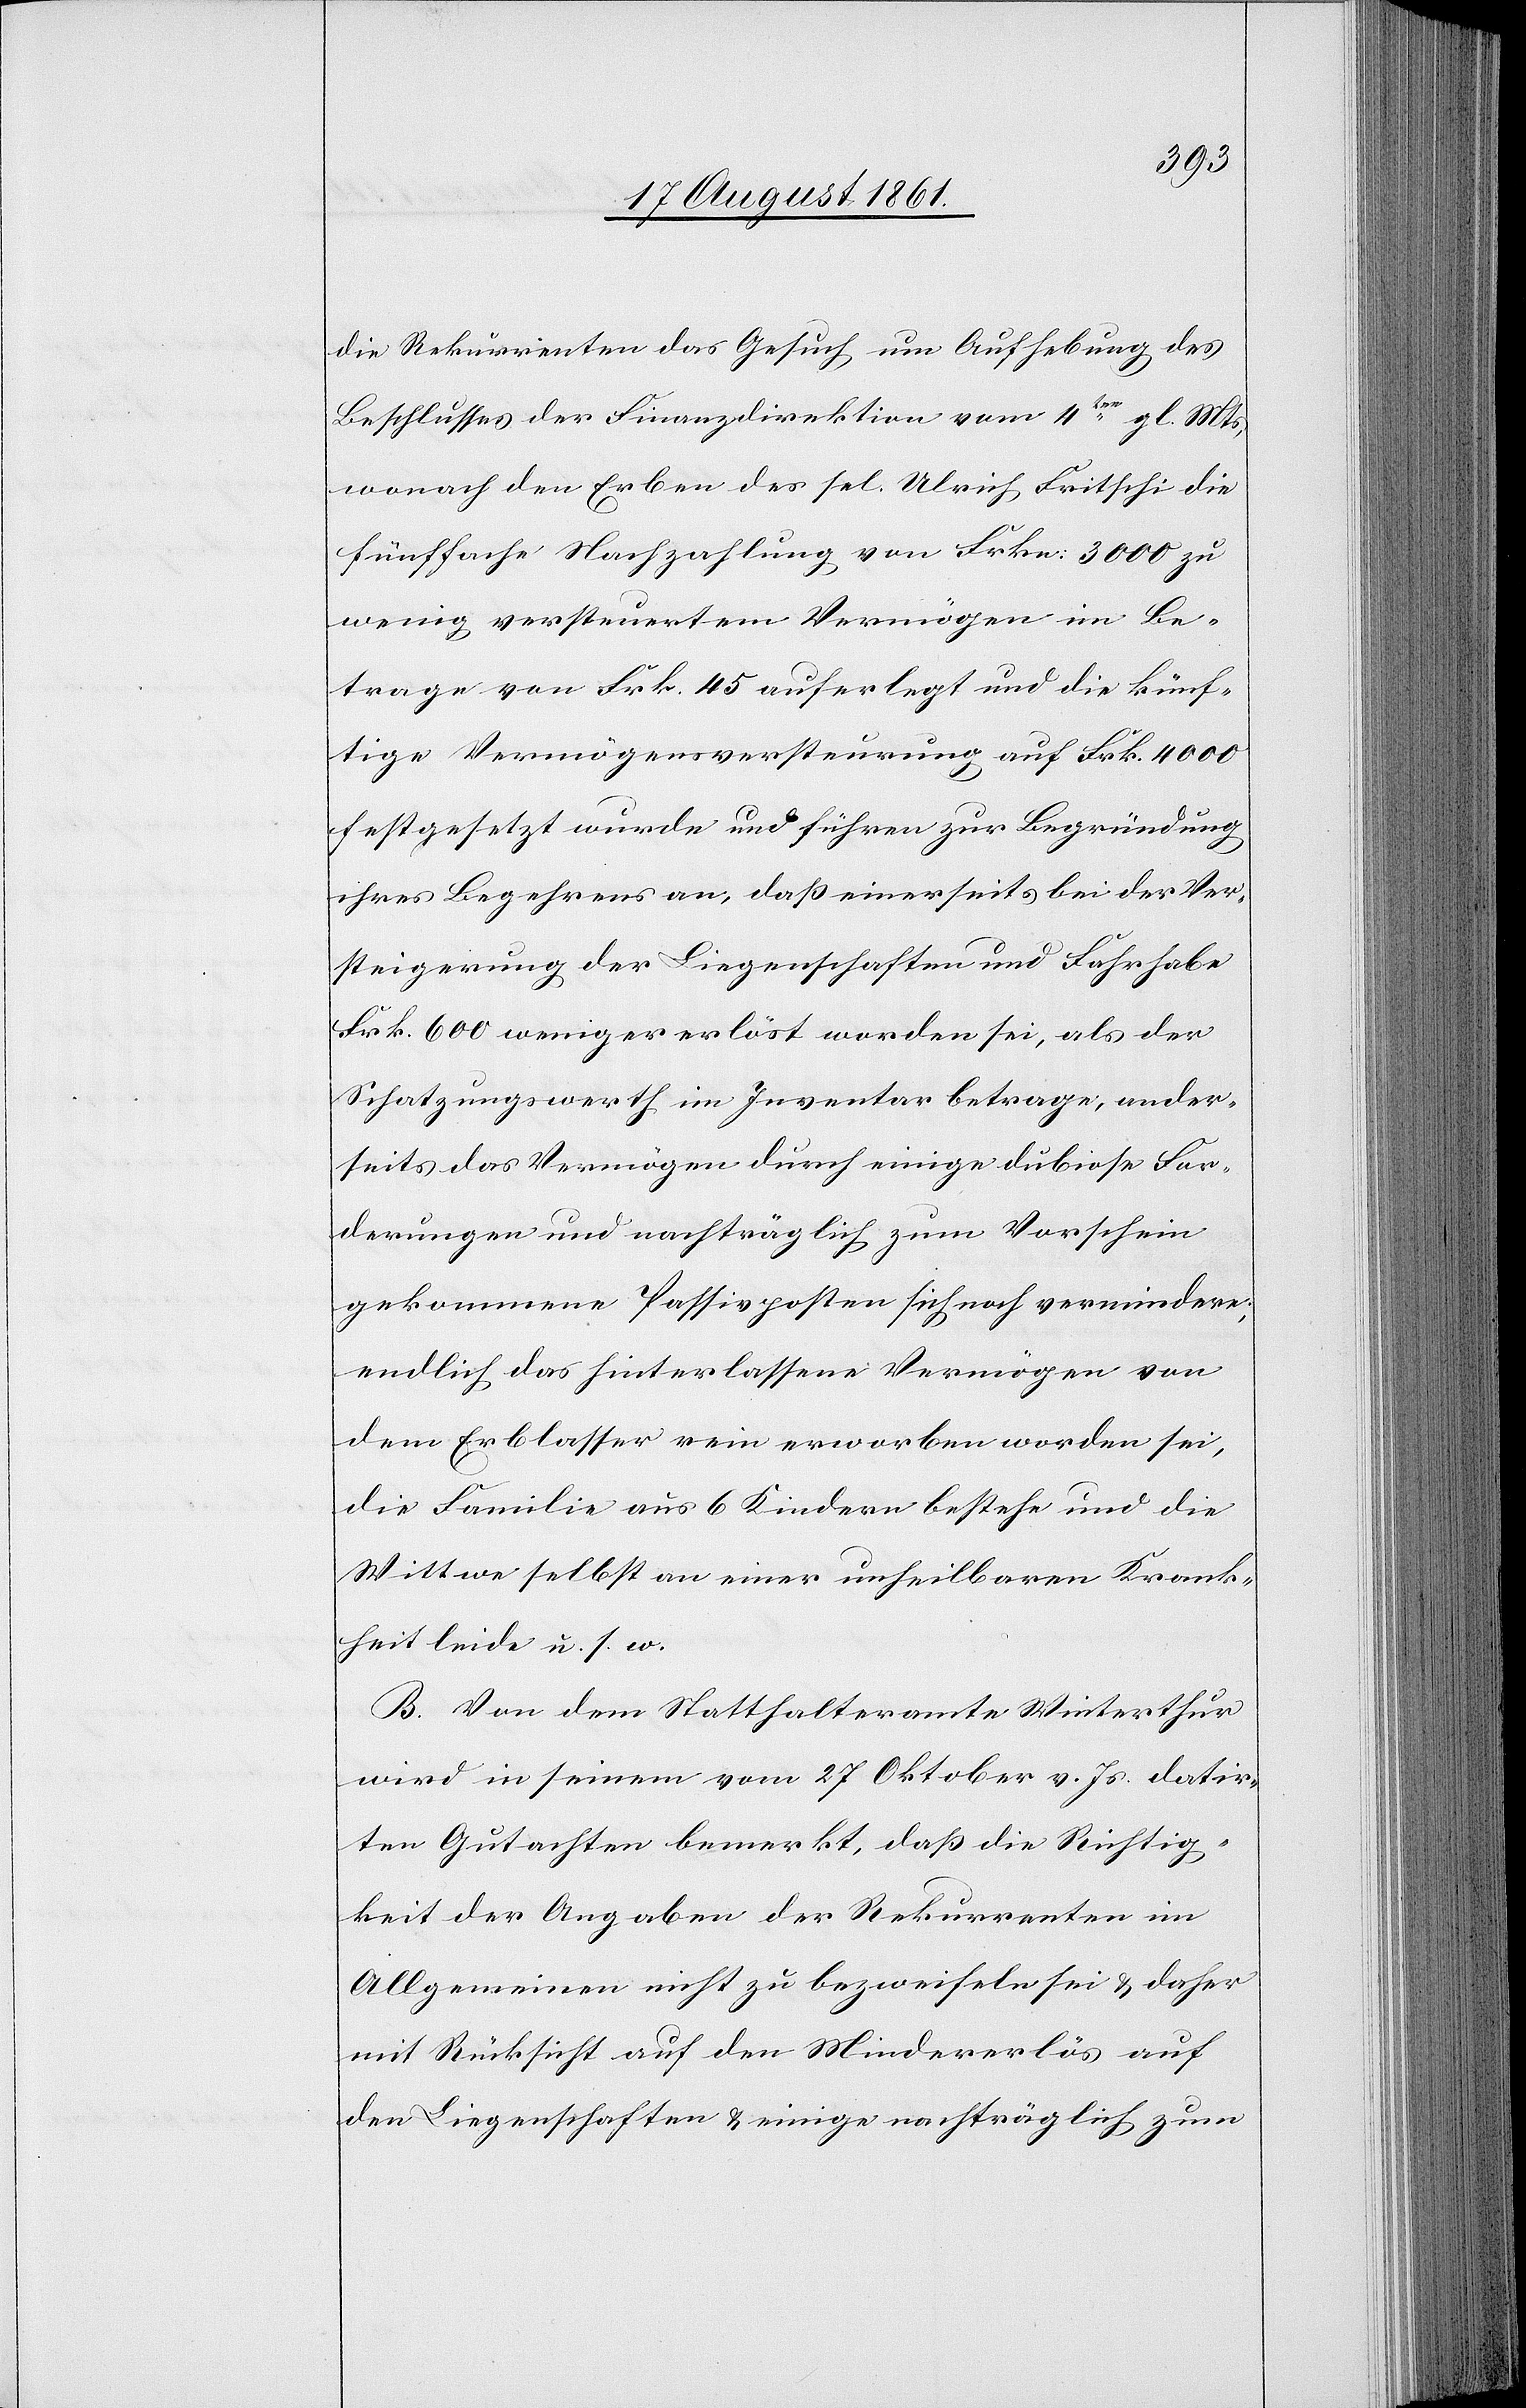
die Rekurrenten das Gesuch, um Aufhebung des
Beschlusses der Finanzdirektion vom 4ten gl. Mts.,
wonach den Erben des sel. Ulrich Fritschi die
fünffache Nachzahlung von Frkn. 3000 zu
wenig versteuertem Vermögen im Be¬
trage von Frk. 45 auferlegt und die künf¬
tige Vermögensversteurung auf Frk. 4000
festgesetzt wurde und führen zur Begründung
ihres Begehrens an, daß einerseits bei der Ver¬
steigerung der Liegenschaften und Fahrhabe
Frk. 600 weniger erlöst worden sei, als der
Schatzungswerth im Inventar betrage, ander¬
seits das Vermögen durch einige dubiose For¬
derungen und nachträglich zum Vorschein
gekommene Passivposten sich noch vermindere;
endlich das hinterlassene Vermögen von
dem Erblasser rein erworben worden sei,
die Familie aus 6 Kindern bestehe und die
Wittwe selbst an einer unheilbaren Krank¬
heit leide u. s. w.
B. Von dem Statthalteramte Winterthur
wird in seinem vom 27 Oktober v. Js. datir¬
ten Gutachten bemerkt, daß die Richtig¬
keit der Angaben der Rekurrenten im
Allgemeinen nicht zu bezweifeln sei u. daher
mit Rücksicht auf den Mindererlös auf
den Liegenschaften u. einige nachträglich zum